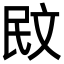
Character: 𭤙